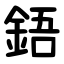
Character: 鋙